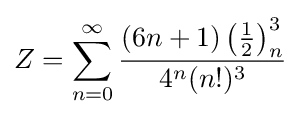
Z=\sum _{n=0}^{\infty }{\frac {(6n+1)\left({\frac {1}{2}}\right)_{n}^{3}}{{4^{n}}(n!)^{3}}}